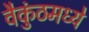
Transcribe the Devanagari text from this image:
वैकुंठमध्ये